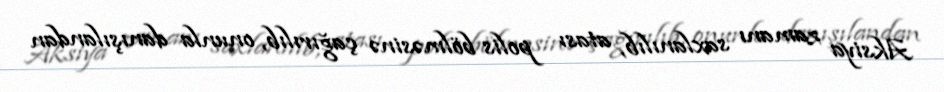
Aksiya zamanı saxlanılıb, atası polis bölməsinə çağırılıb, onunla danışılandan